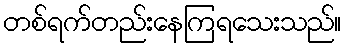
တစ်ရက်တည်းနေကြရသေးသည်။